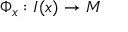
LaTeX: \Phi _ { x } : I ( x ) \to M